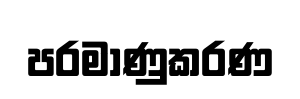
පරමාණුකරණ